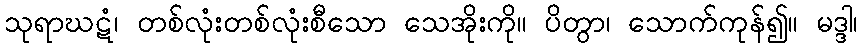
သုရာဃဋံ၊ တစ်လုံးတစ်လုံးစီသော သေအိုးကို။ ပိတွာ၊ သောက်ကုန်၍။ မဒ္ဒါ၊